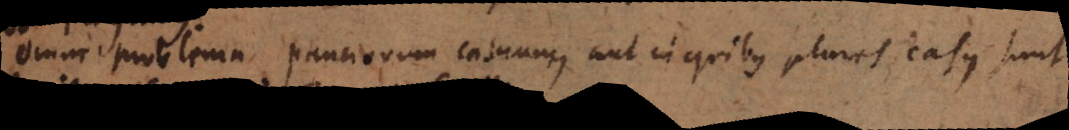
Omne problema pauciorum casuum, aut in quibus plures casus sunt